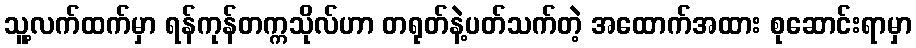
သူ့လက်ထက်မှာ ရန်ကုန်တက္ကသိုလ်ဟာ တရုတ်နဲ့ပတ်သက်တဲ့ အထောက်အထား စုဆောင်းရာမှာ